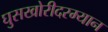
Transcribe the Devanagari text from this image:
घुसखोरीदरम्यान